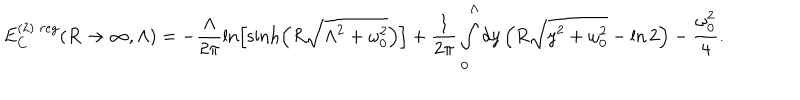
E _ { C } ^ { ( 2 ) \; r e g } ( R \to \infty , \Lambda ) = - \frac { \Lambda } { 2 \pi } \ln \left[ \sinh \left( R \sqrt { \Lambda ^ { 2 } + \omega _ { 0 } ^ { 2 } } \right) \right] + \frac { 1 } { 2 \pi } \int _ { 0 } ^ { \Lambda } d y \left( R \sqrt { y ^ { 2 } + \omega _ { 0 } ^ { 2 } } - \ln 2 \right) - \frac { \omega _ { 0 } ^ { 2 } } { 4 } .